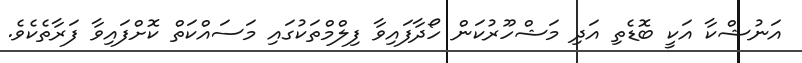
އަނުޝްކާ އަކީ ބޮޑެތި އަދި މަޝްހޫރުކަން ހޯދާފައިވާ ފިލްމްތަކުގައި މަސައްކަތް ކޮށްފައިވާ ފަރާތެކެވެ.